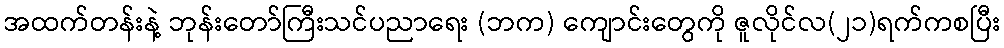
အထက်တန်းနဲ့ ဘုန်းတော်ကြီးသင်ပညာရေး (ဘက) ကျောင်းတွေကို ဇူလိုင်လ(၂၁)ရက်ကစပြီး